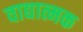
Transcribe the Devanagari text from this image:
वाद्यात्मक